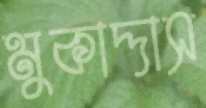
মুকাদ্দাস